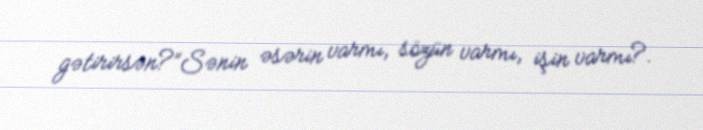
gətirirsən?”Sənin əsərin varmı, sözün varmı, işin varmı?.